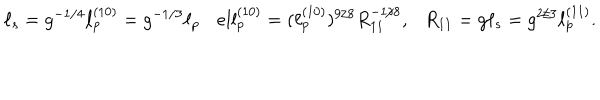
\ell _ { s } = g ^ { - 1 / 4 } \ell _ { p } ^ { ( 1 0 ) } = g ^ { - 1 / 3 } \ell _ { p } \ \ \ \, e l l _ { p } ^ { ( 1 0 ) } = ( \ell _ { p } ^ { ( 1 0 ) } ) ^ { 9 / 8 } R _ { 1 1 } ^ { - 1 / 8 } , \ \ \ R _ { 1 1 } = g \ell _ { s } = g ^ { 2 / 3 } \ell _ { p } ^ { ( 1 1 ) } .